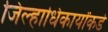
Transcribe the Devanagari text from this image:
जिल्हाधिकार्यांकडे